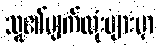
သူ၏မျက်လုံးများမှာ